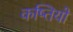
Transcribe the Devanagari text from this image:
कष्तियों